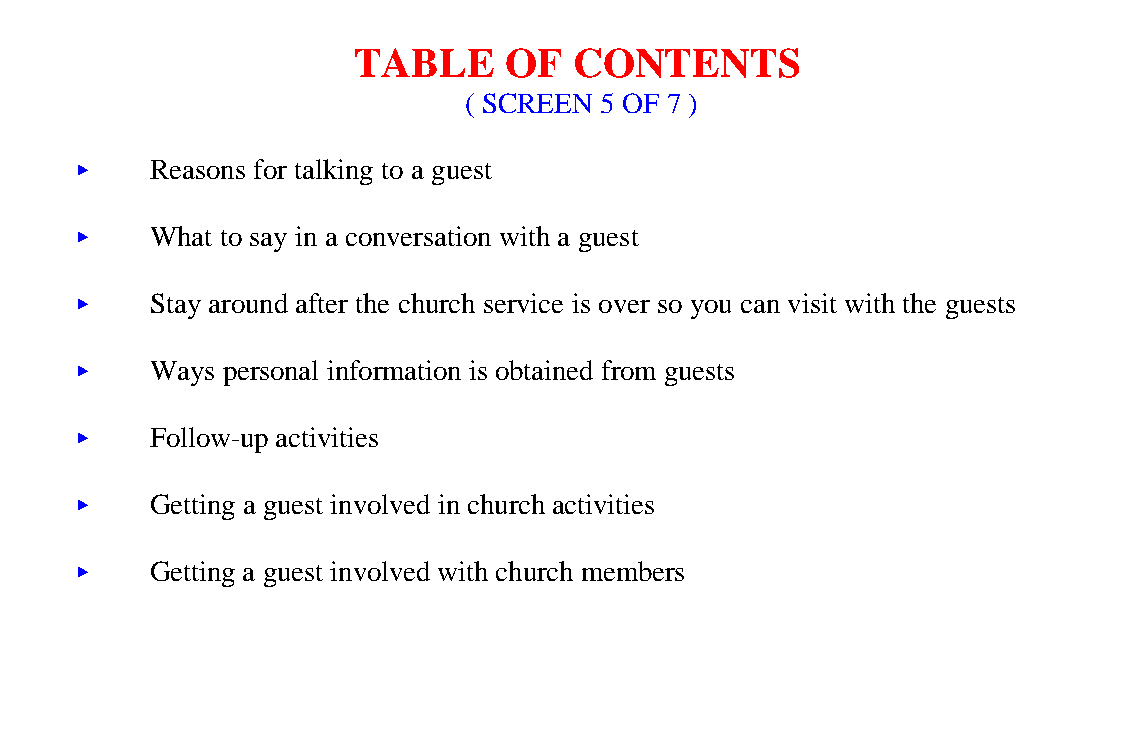
TABLE     OF   CONTENTS
 ( SCREEN 5 OF 7 )
 <<   Reasons for talking to a guest
 <<   What to say in a conversation with a guest
 <<   Stay around after the church service is over so you can visit with the guests
 <<   Ways personal information is obtained from guests
 <<   Follow-up activities
 <<   Getting a guest involved in church activities
 <<   Getting a guest involved with church members